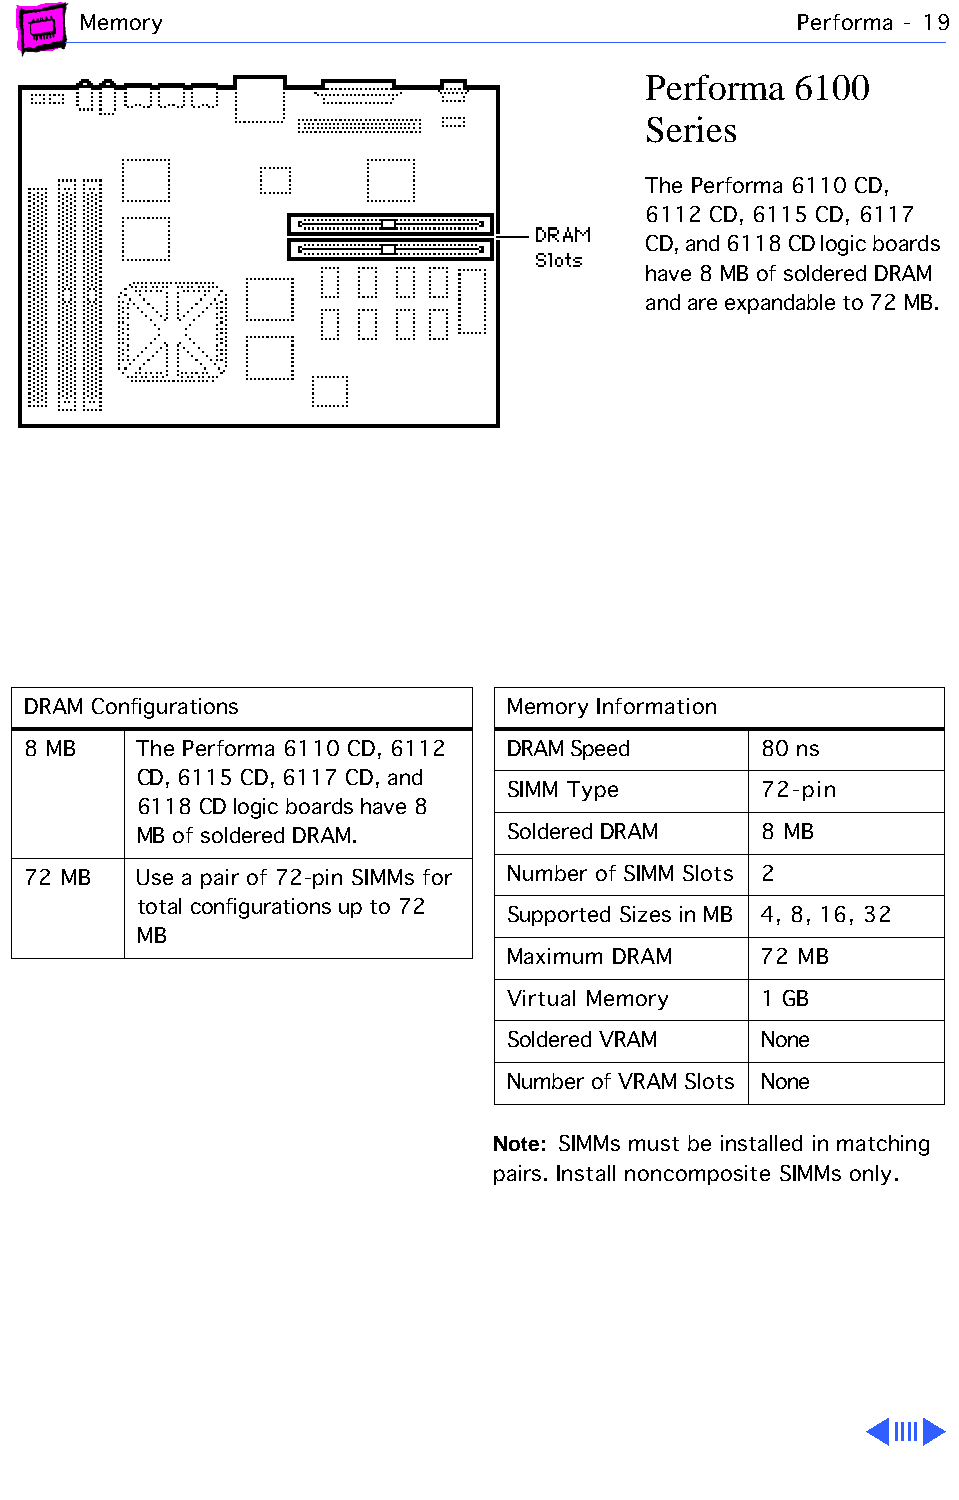
Memory                                         Performa - 19
 Performa  6100
 Series
 The Performa 6110 CD,
 6112 CD, 6115 CD, 6117
 CD, and 6118 CD logic boards
 have 8 MB of soldered DRAM
 and are expandable to 72 MB.
 DRAM Configurations             Memory Information
 8 MB    The Performa 6110 CD, 6112 DRAM Speed    80 ns
 CD, 6115 CD, 6117 CD, and
 SIMM Type        72-pin
 6118 CD logic boards have 8
 MB of soldered DRAM.    Soldered DRAM    8 MB
 72 MB   Use a pair of 72-pin SIMMs for Number of SIMM Slots 2
 total configurations up to 72
 Supported Sizes in MB 4, 8, 16, 32
 MB
 Maximum DRAM     72 MB
 Virtual Memory   1 GB
 Soldered VRAM    None
 Number of VRAM Slots None
 Note: SIMMs must be installed in matching
 pairs. Install noncomposite SIMMs only.